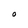
Character: O